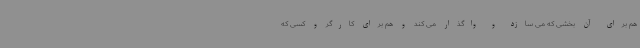
هم برای آن بخشی که می سازد و واگذار می کند و هم برای کارگر و کسی که